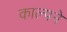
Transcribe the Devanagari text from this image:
काल्पने